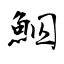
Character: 鮂